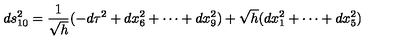
d s _ { 1 0 } ^ { 2 } = \frac { 1 } { \sqrt { h } } ( - d \tau ^ { 2 } + d x _ { 6 } ^ { 2 } + \cdots + d x _ { 9 } ^ { 2 } ) + \sqrt { h } ( d x _ { 1 } ^ { 2 } + \cdots + d x _ { 5 } ^ { 2 } )